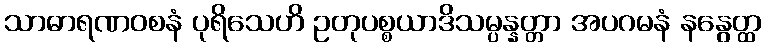
သာဓာရဏဝစနံ ပုရိသေဟိ ဥတုပစ္စယာဒိသမ္ပန္နတ္တာ အပဂမနံ နနွေတ္ထ